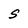
Character: S